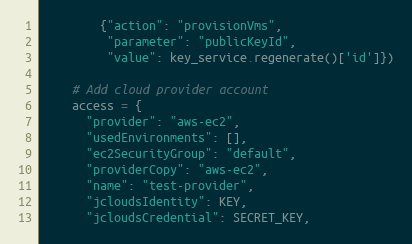
Language: Python
        {"action": "provisionVms",
         "parameter": "publicKeyId",
         "value": key_service.regenerate()['id']})

    # Add cloud provider account
    access = {
      "provider": "aws-ec2",
      "usedEnvironments": [],
      "ec2SecurityGroup": "default",
      "providerCopy": "aws-ec2",
      "name": "test-provider",
      "jcloudsIdentity": KEY,
      "jcloudsCredential": SECRET_KEY,